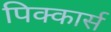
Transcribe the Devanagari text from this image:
पिक्कार्स